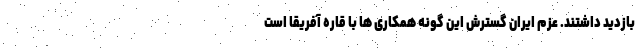
بازدید داشتند. عزم ایران گسترش این گونه همکاری ها با قاره آفریقا است